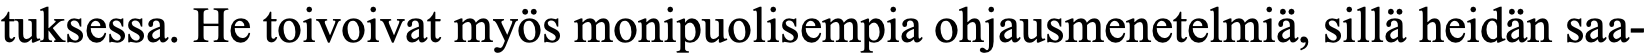
tuksessa. He toivoivat myös monipuolisempia ohjausmenetelmiä, sillä heidän saa-